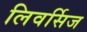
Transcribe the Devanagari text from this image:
लिवर्सिज